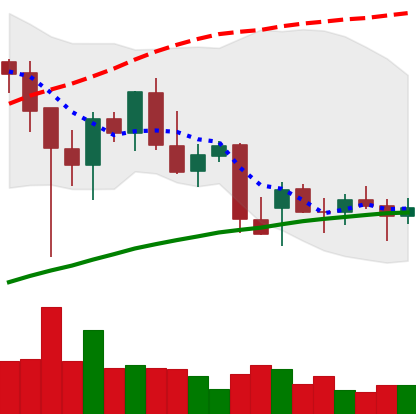
Ticker: BNB-USD
Chart end date: 2021-12-21
Forward return: 3.458%
Label: up_3_5